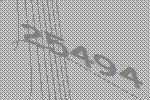
25494